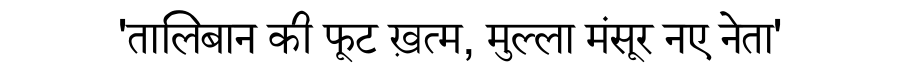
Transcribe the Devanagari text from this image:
'तालिबान की फूट ख़त्म, मुल्ला मंसूर नए नेता'